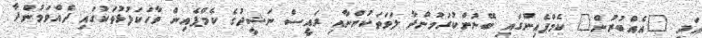
އަދި "އެއްބުރުން" ކެމްޕެއިންގައި ބޭނުންކުރަމުންދާ ލަވަތަކުންނާއި ރައީސް ނަޝީދުގެ ކެމްޕެއިން ވާހަކަފުޅުތަކުގައި ދެއްވަމުންދާ